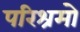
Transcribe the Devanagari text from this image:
परिश्रमो